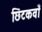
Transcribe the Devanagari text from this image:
छिंटकवाँ